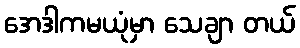
အေဒါကမယုံမှာ သေချာ တယ်